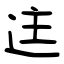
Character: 迬